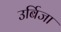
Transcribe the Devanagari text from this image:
उर्बिजा